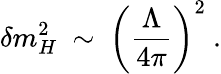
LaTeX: \delta m_{H}^{2}~\sim~\left({\frac{\Lambda}{4\pi}}\right)^{2}~.